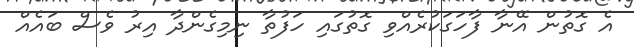
އެ ގޮތުން އޭނާ ފާހަގަކުރެއްވި ގޮތުގައި ހަފުތާ ނިމިގެންދާ އިރު ވެސް ބައެއް